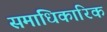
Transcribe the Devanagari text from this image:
समाधिकारिक